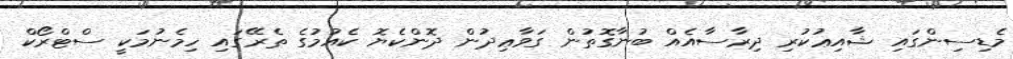
މެޑިސިންގައި ޝާއިޢުކުރި ދިރާސާއެއް ބުނާގޮތުން ގަވާޢިދުން ދޮންކެޔޮ ކެއުމުގެ ތެރޭގައި ހިމެނުމަކީ ސްޓްރޯކް